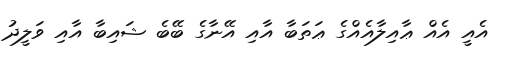
އެއީ އެއް ޢާއިލާއެއްގެ ޢަތަބާ އާއި އޭނާގެ ބޭބެ ޝައިބާ އާއި ވަލީދު